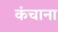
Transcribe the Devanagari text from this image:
कंचाना